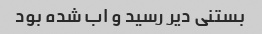
بستنی دیر رسید و اب شده بود